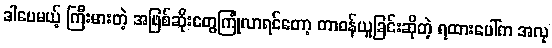
ဒါပေမယ့် ကြီးမားတဲ့ အဖြစ်ဆိုးတွေကြုံလာရင်တော့ တာဝန်ယူခြင်းဆိုတဲ့ ရထားပေါ်က အလု